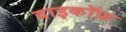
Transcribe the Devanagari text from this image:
वाइकॉफ़